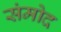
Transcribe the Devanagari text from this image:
संमोद